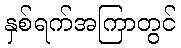
နှစ်ရက်အကြာတွင်